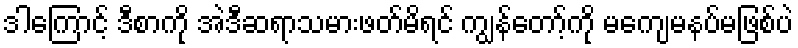
ဒါကြောင့် ဒီစာကို အဲဒီဆရာသမားဖတ်မိရင် ကျွန်တော့်ကို မကျေမနပ်မဖြစ်ပဲ